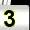
Digit: 3